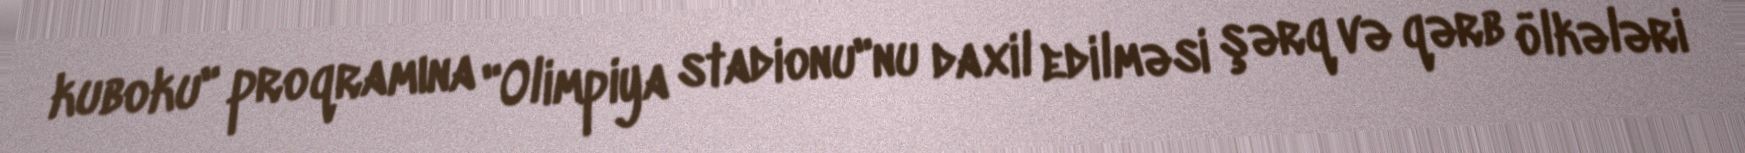
kuboku" proqramına "Olimpiya stadionu"nu daxil edilməsi şərq və qərb ölkələri